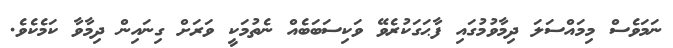
ނަމަވެސް މިމައްސަލަ ދިމާވުމުގައި ފާޙަގަކުރެވޭ ވަކިސަބަބެއް ނެތުމަކީ ވަރަށް ގިނައިން ދިމާވާ ކަމެކެވެ.